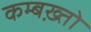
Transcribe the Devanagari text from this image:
कम्बख़्तो